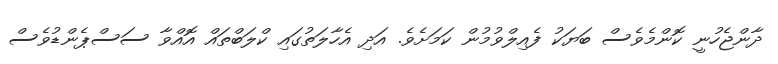
ދާންޖެހުނީ ކޮންމެވެސް ބަޔަކު ފެއިލްވުމުން ކަމަށެވެ. އަދި އެހާލަތުގައި ކްލަބްތައް އޮއްވާ ސަސްޕެންޑުވެސް